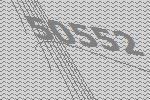
50552